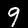
Digit: 9